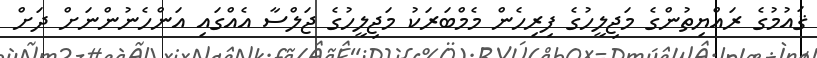
ޤައުމުގެ ރައްޔިތުންގެ މަޖިލީހުގެ ފިރިހެން މެމްބަރަކު މަޖިލީހުގެ ޖަލްސާ އެއްގައި އަންހެނުންނަށް ދަށް